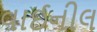
વાઈનીલ